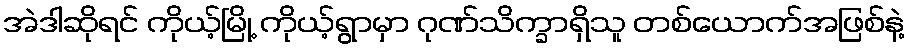
အဲဒါဆိုရင် ကိုယ့်မြို့ ကိုယ့်ရွာမှာ ဂုဏ်သိက္ခာရှိသူ တစ်ယောက်အဖြစ်နဲ့